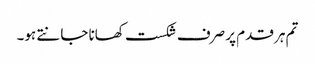
تم ہر قدم پر صرف شکست کھانا جانتے ہو۔